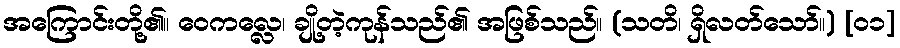
အကြောင်းတို့၏။ ဝေကလ္လေ၊ ချို့တဲ့ကုန်သည်၏ အဖြစ်သည်။ (သတိ၊ ရှိလတ်သော်။) [၀၁]